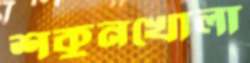
শকুনখোলা